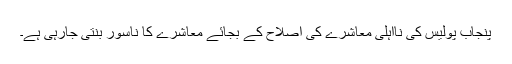
پنجاب پولیس کی نااہلی معاشرے کی اصلاح کے بجائے معاشرے کا ناسور بنتی جارہی ہے۔